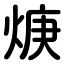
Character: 焿